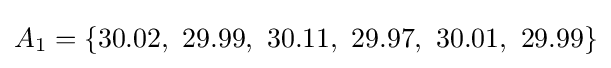
A_{1}=\{30.02,\ 29.99,\ 30.11,\ 29.97,\ 30.01,\ 29.99\}